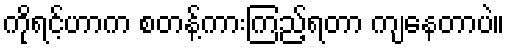
ကိုရင့်ဟာက စတန့်ကားကြည့်ရတာ ကျနေတာပဲ။